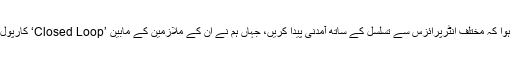
یہی ہمارے لئے موجب ہوا کہ مختلف انٹرپرائزس سے تسلسل کے ساتھ آمدنی پیدا کریں، جہاں ہم نے اُن کے ملازمین کے مابین ’Closed Loop‘ کارپول کی سہولت بہم پہنچائی۔